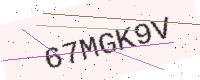
Text: 67MGK9V